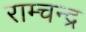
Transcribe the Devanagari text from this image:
राम्चन्द्र